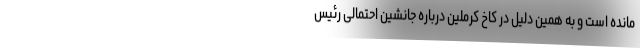
مانده است و به همین دلیل در کاخ کرملین درباره جانشین احتمالی رئیس